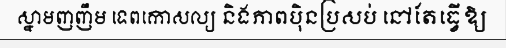
ស្នាមញញឹម ទេពកោសល្យ និងភាពប៉ិនប្រសប់ នៅតែធ្វើឱ្យ